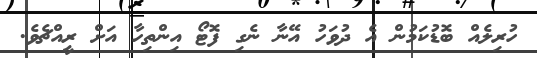
ހުރިލެއް ބޮޑުކަމުން އެ ދުވަހު އޭނާ ނެގި ފޮޓޯ އިންތިހާ އަށް ރީއްޗެވެ.